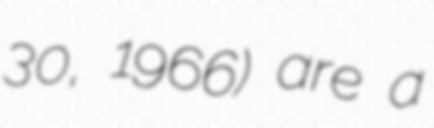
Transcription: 30, 1966) are a